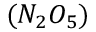
( N _ { 2 } O _ { 5 } )